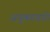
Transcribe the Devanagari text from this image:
अनुकरणाने